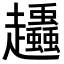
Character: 𧾶